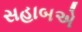
સહાબએ